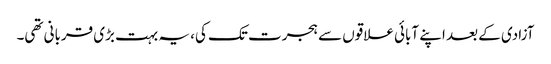
آزادی کے بعد اپنے آبائی علاقوں سے ہجرت تک کی، یہ بہت بڑی قربانی تھی۔